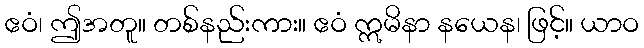
ဧဝံ၊ ဤအတူ။ တစ်နည်းကား။ ဧဝံ ဣမိနာ နယေန၊ ဖြင့်။ ယာဝ